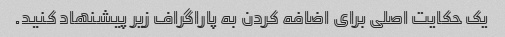
یک حکایت اصلی برای اضافه کردن به پاراگراف زیر پیشنهاد کنید.